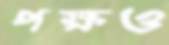
পক্ষও